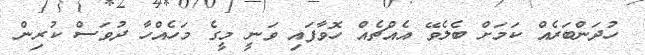
ހުދަންބަރެއް ކަމަށް ބެލެވޭ އެއްޗެއް ހޮވާފައި ވަނީ މީގެ މަހެއްހާ ދުވަސް ކުރިން